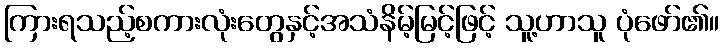
ကြားရသည့်စကားလုံးတွေနှင့်အသံနိမ့်မြင့်ဖြင့် သူ့ဟာသူ ပုံဖော်၏။